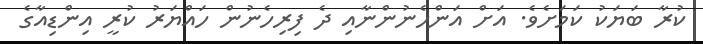
ކުރާ ބަޔަކު ކަމަށެވެ. އަށް އަންހެނުންނާއި ދެ ފިރިހެނުން ހައްޔަރު ކުރީ އިންޑިއާގެ